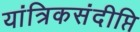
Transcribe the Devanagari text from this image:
यांत्रिकसंदीप्ति